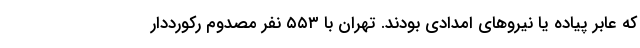
که عابر پیاده یا نیروهای امدادی بودند. تهران با ۵۵۳ نفر مصدوم رکورددار